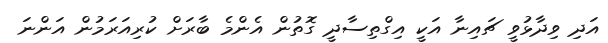
އަދި ވިދާޅުވީ ޗައިނާ އަކީ އިގްތިސާދީ ގޮތުން އެންމެ ބާރަށް ކުރިއަރަމުން އަންނަ